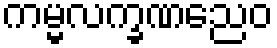
ကမ္မလက္ခဏညေဝ